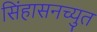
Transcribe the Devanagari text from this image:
सिंहासनच्युत